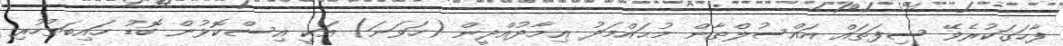
ފާހަގަކުރެވޭ ސިފަތައް އައްސުލްޠާން މުޙައްމަދު ޢިމާދުއްދީން (ހަވަނަ) އަކީ އިސްކޮޅުން ބޮޑު ހައިބަތުހުރި